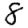
Digit: 8